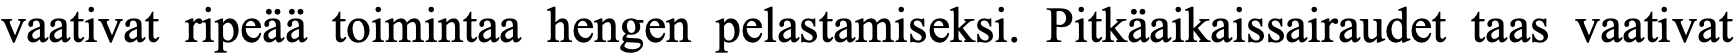
vaativat ripeää toimintaa hengen pelastamiseksi. Pitkäaikaissairaudet taas vaativat